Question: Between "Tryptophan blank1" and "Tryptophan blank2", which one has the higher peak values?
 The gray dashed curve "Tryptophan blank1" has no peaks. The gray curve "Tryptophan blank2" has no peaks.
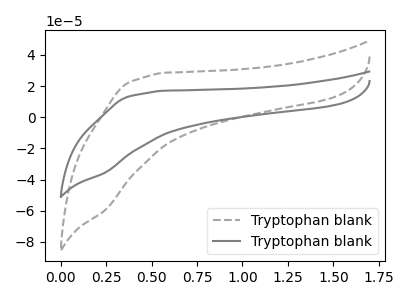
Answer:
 <answer>Niether CV has any peaks.</answer>
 <eval>blanks</eval>